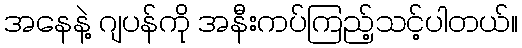
အနေနဲ့ ဂျပန်ကို အနီးကပ်ကြည့်သင့်ပါတယ်။